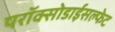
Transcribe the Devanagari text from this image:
परॉक्सोडाईसल्फेट